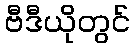
ဗီဒီယိုတွင်